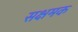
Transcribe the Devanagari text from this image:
सक्षमक